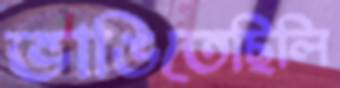
ভাঙিতেছিলি